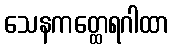
သေနကတ္ထေရဂါထာ